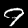
Label: 9